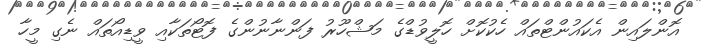
އޮންލައިން އެކައުންޓްތައް ހެކުކޮށް ހޮލީވުޑްގެ މަޝްހޫރު ފަންނާނުންގެ ފޮޓޯތަކާއި ވީޑިއޯތައް ނެގި މީހާ